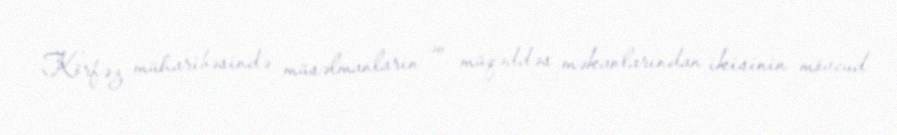
Körfəz müharibəsində müsəlmanların ən müqəddəs məkanlarından ikisinin mövcud